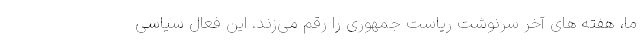
ما، هفته های آخر سرنوشت ریاست جمهوری را رقم می‌زند. این فعال سیاسی